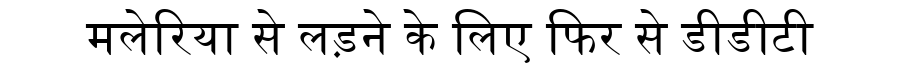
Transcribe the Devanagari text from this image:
मलेरिया से लड़ने के लिए फिर से डीडीटी